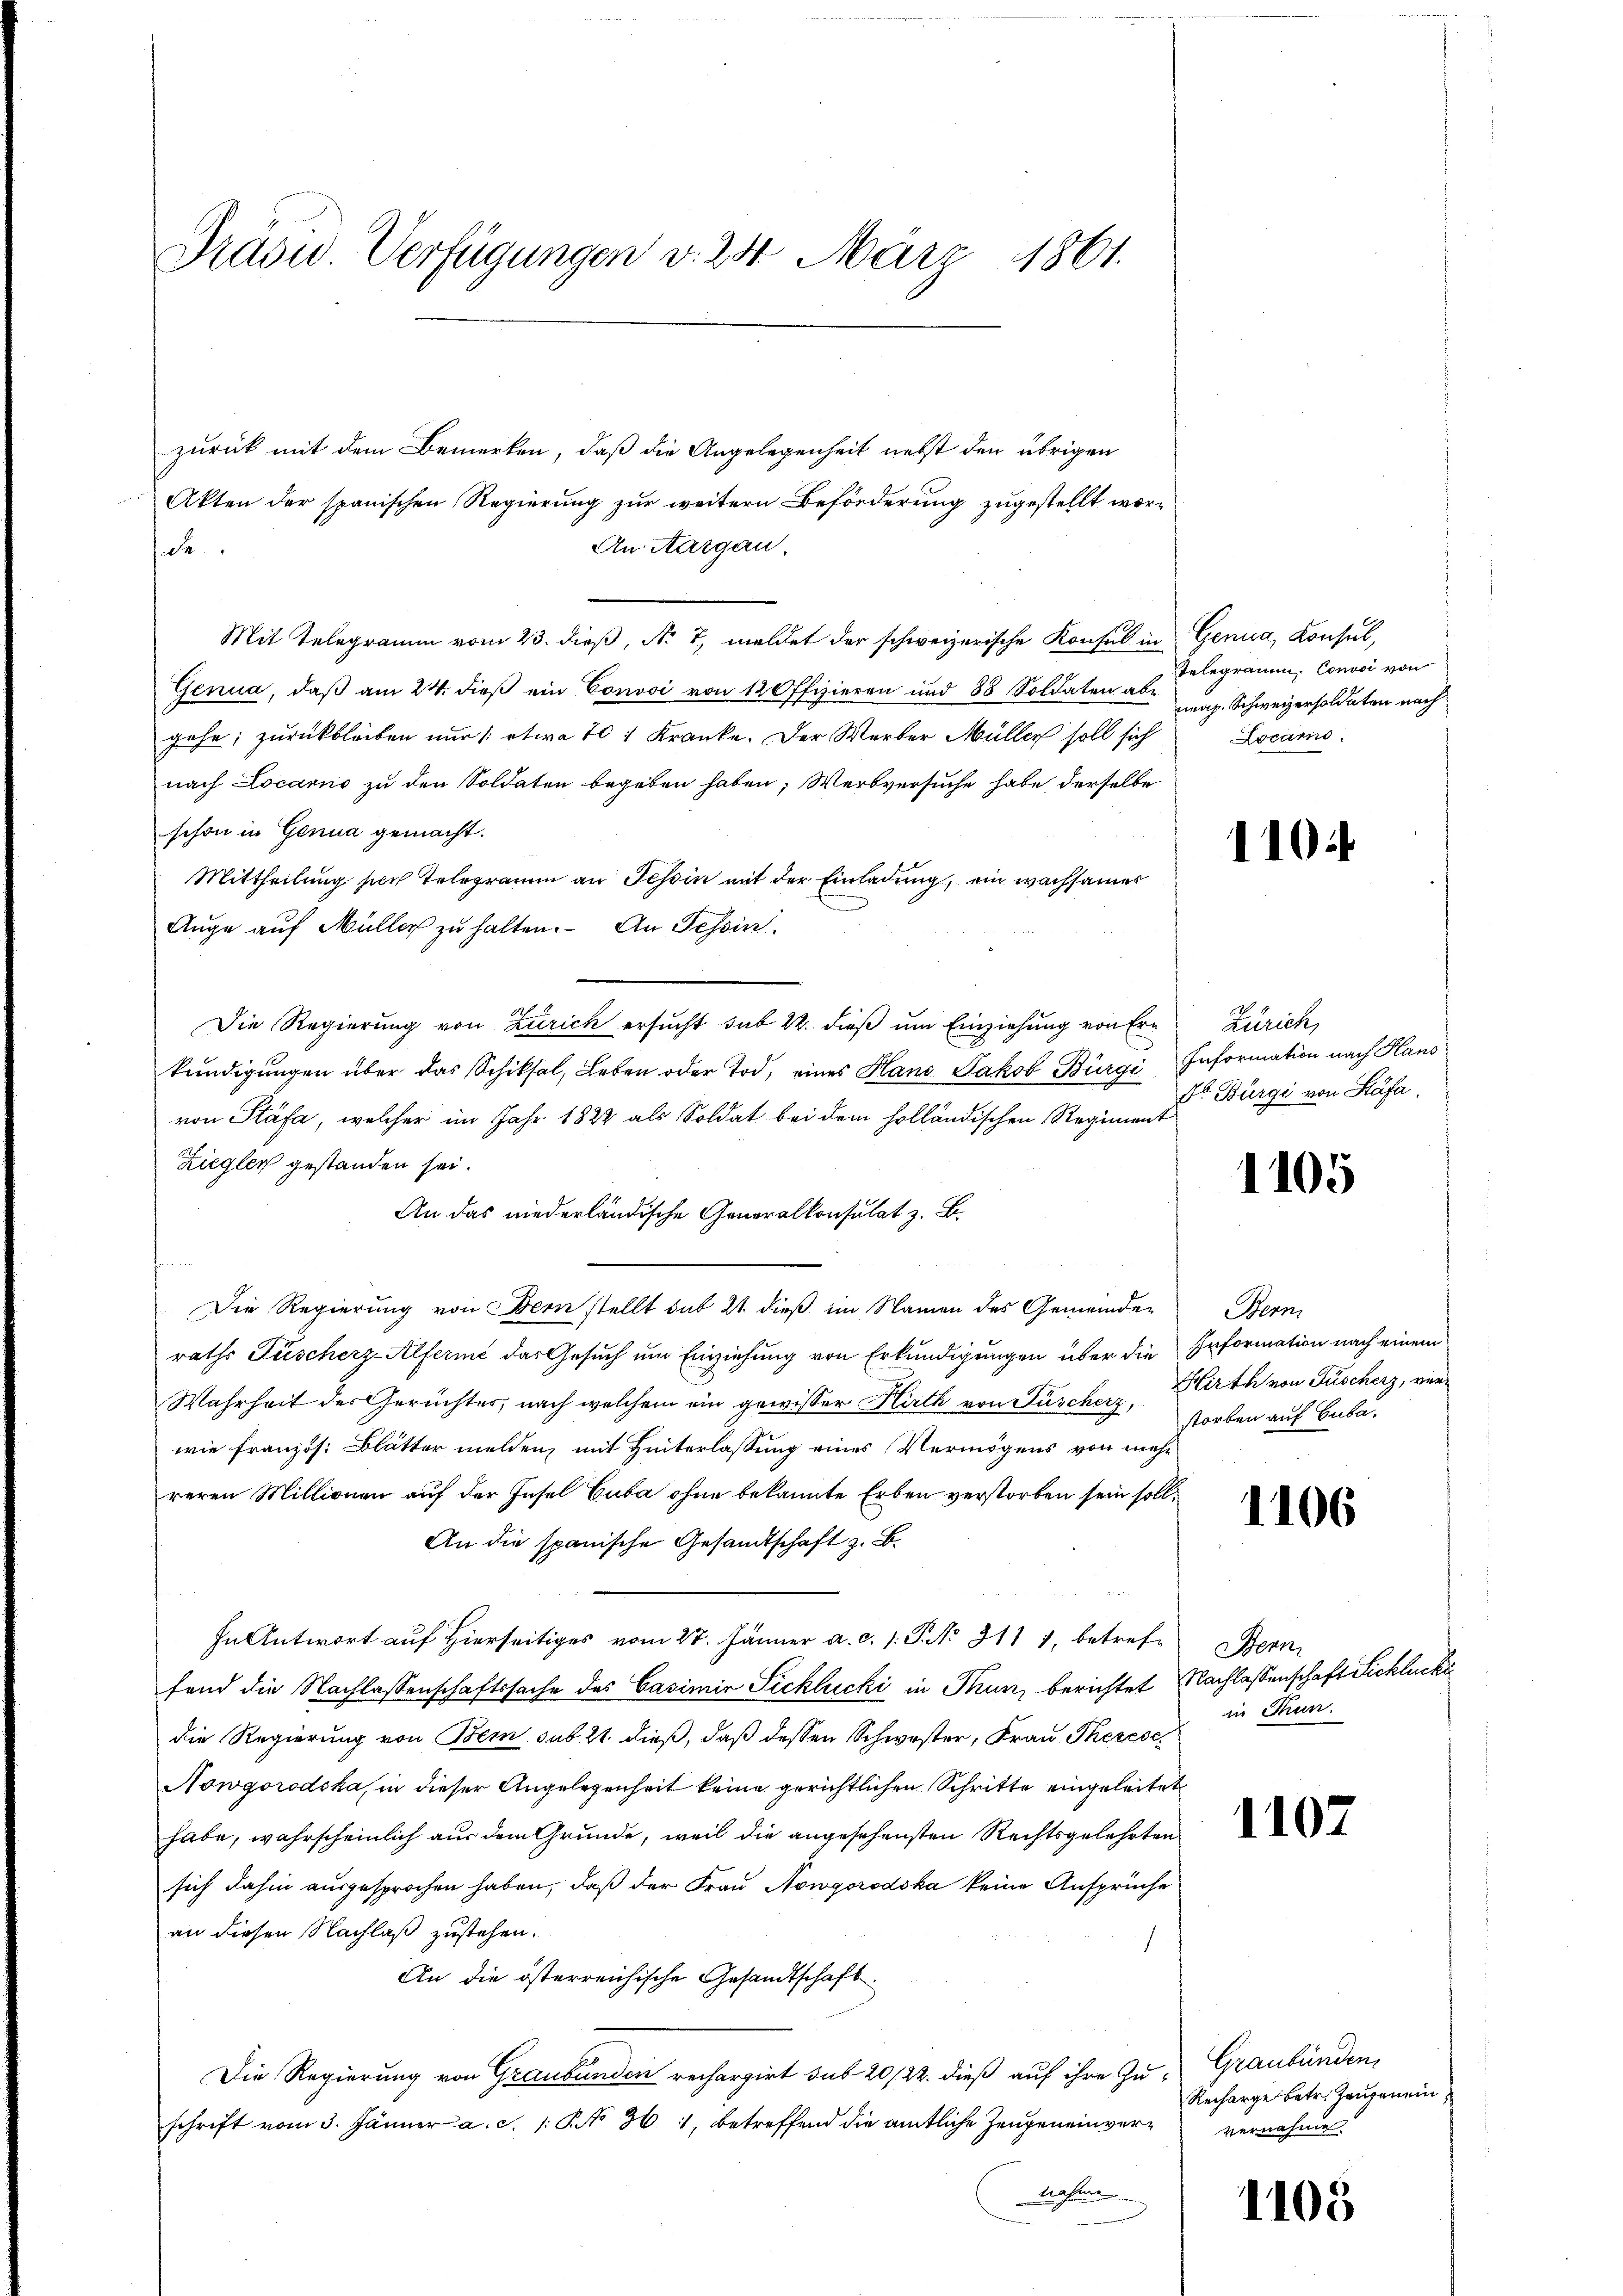
Präsid. Verfügungen v. 28. März 1861.

zurück mit dem Bemerken, daß die Angelegenheit nebst den übrigen
Akten der spanischen Regierung zur weitern Beförderung zugestellt wor¬
An Aargau.
de
Mit Telegramm vom 23. dieβ, N. 7, meldet der schweizerische Konsul in Genua, Konsul,
Genua, daß am 24. dieß ein Convoi von 12 Offizieren und 88 Soldaten aber pag. Schweizersoldaten nach
gehe; zurückbleiben nur /: etwa 701 Kranke. Der Werber Müller soll sich
nach Locarno zu den Soldaten begeben haben, Werbversuche habe derselbe
schon in Genua gemacht.
Mittheilung per Telegramm an Tessin mit der Einladung, ein wachsamer
Auge auf Müller zu halten. An Tessin
Die Regierung von Zürich ersucht sub 22. dieß um Einziehung von Erkundigungen über das Schiksal, Leben oder Tod, eines Hans Jakob Bürgi Information nach Hans
von Stäfa, welcher im Jahr 1822 als Soldat bei dem holländischen Regiment
Ziegler gestanden sei.
An das niederländische Generalkonsulat z. B.
Die Regierung von Bern stellt sub 21 dieß im Namen des Gemeinden Bern
raths Fischerz-Alferie das Gesuch um Einziehung von Erkundigungen über die Information nach einem
Wahrheit der Gerüchter, nach welchem ein gewisser Hirth von Füscherz, Korben auf Cuba
wie französ. Blätter melden, mit Hinterlassung eines Vermögens von mehr
reren Millionen auf der Insel Cuba ohne bekannte Erben verstorben sein soll¬
An die spanische Gesandtschaft z. B.
In Antwort auf Hierseitiges vom 27. Jänner a. c. 1. P. No. 311 1, betrete Bern,
fand die Nachlassenschaftssache des Casimir Pichlucki in Thun, berichtet Nachlassenschaft Ficklucke
die Regierung von Bern sub 21. dieß, daß dessen Schwester, Frau Therese
Nowgorodska, in dieser Angelegenheit keine gerichtlichen Schritte eingeleitet
habe, wahrscheinlich aus dem Grunde, weil die angesehensten Rechtsgelehrten
sich dahin ausgesprochen haben, daß der Frau Nowgorodska keine Ansprüche
an diesen Nachlaß zustehen.
An die österreichische Gesandtschaft
Die Regierung von Graubünden rechargirt sub 20/22. dieß auf ihre Zu- Graubünden,
schrift vom 3. Jänner a. c. 1 § 361, betreffend die amtliche Zeugeneinvernahme

Telegramm, Convoi von
Locarno.

110.

Zürich,
Dr. Bürgi von Stäfa.

1105

Hirth von Fischerz, ver¬

1106

in Thun.

1107

Recharge betr. Zeugenein
vernahme.

1105